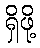
ရှိဖို့